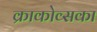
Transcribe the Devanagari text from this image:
क्राकोव्सका